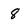
Character: 8